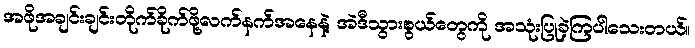
အဖိုအချင်းချင်းတိုက်ခိုက်ဖို့လက်နက်အနေနဲ့ အဲဒီသွားစွယ်တွေကို အသုံးပြုခဲ့ကြပါသေးတယ်။